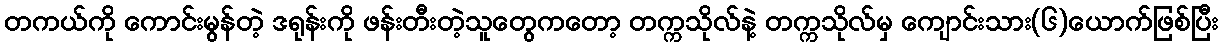
တကယ်ကို ကောင်းမွန်တဲ့ ဒရုန်းကို ဖန်းတီးတဲ့သူတွေကတော့ တက္ကသိုလ်နဲ့ တက္ကသိုလ်မှ ကျောင်းသား(၆)ယောက်ဖြစ်ပြီး